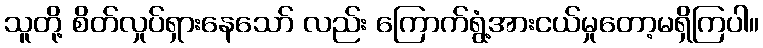
သူတို့ စိတ်လှုပ်ရှားနေသော် လည်း ကြောက်ရွံ့အားငယ်မှုတော့မရှိကြပါ။